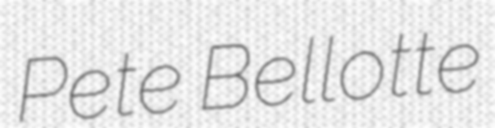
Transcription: Pete Bellotte